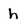
Character: h